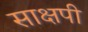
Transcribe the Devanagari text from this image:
साक्षपी